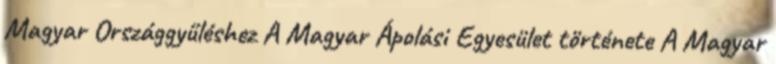
Magyar Országgyűléshez A Magyar Ápolási Egyesület története A Magyar